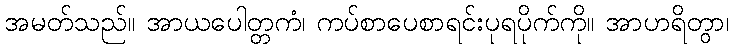
အမတ်သည်။ အာယပေါတ္တကံ၊ ကပ်စာပေစာရင်းပုရပိုက်ကို။ အာဟရိတွာ၊